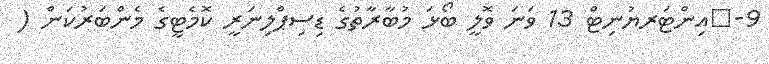
9-	އިންޓަރޔުނިޓް 13 ވަނަ ވޮލީ ބޯޅަ މުބާރާތުގެ ޑިސިޕްލިނަރީ ކޮމެޓީގެ މެންބަރުކަން (